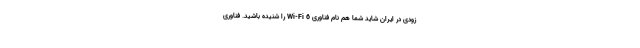
زودی در ایران شاید شما هم نام فناوری Wi-Fi 6 را شنیده باشید. فناوری